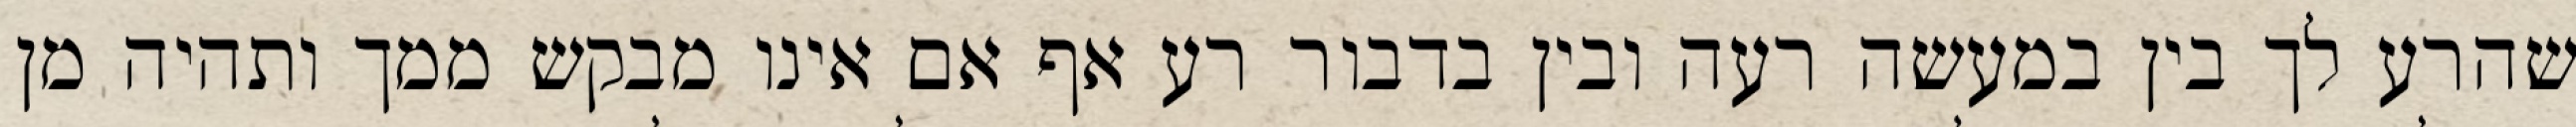
שהרע לך בין במעשה רעה ובין בדבור רע אף אם אינו מבקש ממך ותהיה מן